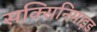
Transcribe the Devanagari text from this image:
सक्सिनिमाइड